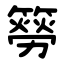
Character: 簩